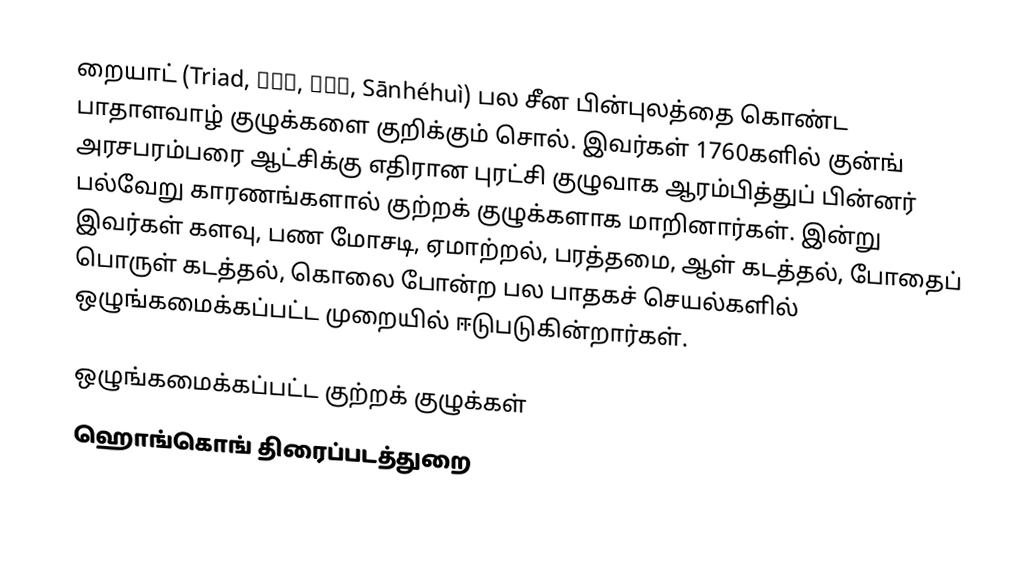
றையாட் (Triad, 三合會, 三合会, Sānhéhuì) பல சீன பின்புலத்தை கொண்ட பாதாளவாழ் குழுக்களை குறிக்கும் சொல். இவர்கள் 1760களில் குன்ங் அரசபரம்பரை ஆட்சிக்கு எதிரான புரட்சி குழுவாக ஆரம்பித்துப் பின்னர் பல்வேறு காரணங்களால் குற்றக் குழுக்களாக மாறினார்கள். இன்று இவர்கள் களவு, பண மோசடி, ஏமாற்றல், பரத்தமை, ஆள் கடத்தல், போதைப் பொருள் கடத்தல், கொலை போன்ற பல பாதகச் செயல்களில் ஒழுங்கமைக்கப்பட்ட முறையில் ஈடுபடுகின்றார்கள்.

ஒழுங்கமைக்கப்பட்ட குற்றக் குழுக்கள்
ஹொங்கொங் திரைப்படத்துறை